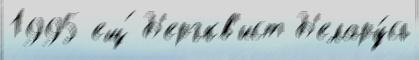
1995 ещ́ Б'ергкв'ист Б'елару́сь